Vaccination in Burma 1900-1911 - 1900-1911
Year: 1900
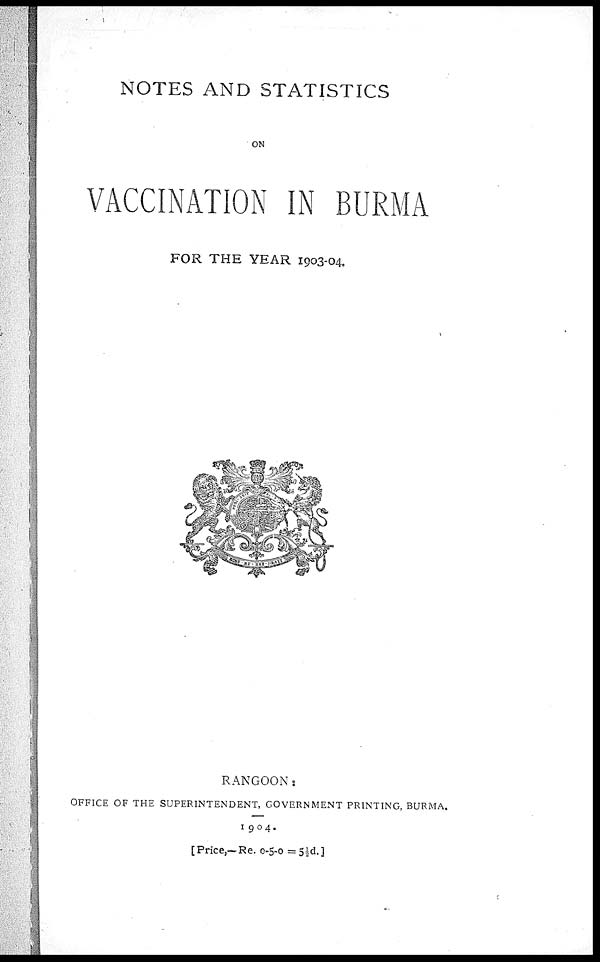
NOTES AND STATISTICS
ON
VACCINATION IN BURMA
FOR THE YEAR 1903-04.
RANGOON :
OFFICE OF THE SUPERINTENDENT, GOVERNMENT PRINTING, BURMA.
1904.
[Price,—Re. 0-5-0 =5½d.]